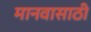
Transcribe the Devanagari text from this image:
मानवासाठी